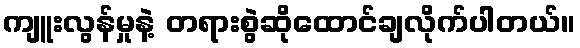
ကျူးလွန်မှုနဲ့ တရားစွဲဆိုထောင်ချလိုက်ပါတယ်။